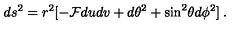
d s ^ { 2 } = r ^ { 2 } [ - { \cal F } d u d v + d \theta ^ { 2 } + \sin ^ { 2 } \! \theta d \phi ^ { 2 } ] \: .